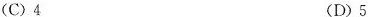
(C)4 (D)5